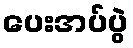
ပေးအပ်ပွဲ